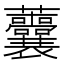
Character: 𧆔